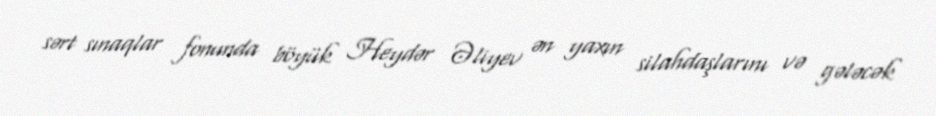
sərt sınaqlar fonunda böyük Heydər Əliyev ən yaxın silahdaşlarını və gələcək